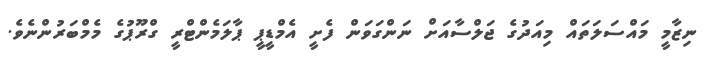
ނިޒާމީ މައްސަލަތައް މިއަދުގެ ޖަލްސާއަށް ނަންގަވަން ފެށީ އެމްޑީޕީ ޕާލަމެންޓްރީ ގްރޫޕުގެ މެމްބަރުންނެވެ.